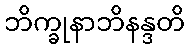
ဘိက္ခုနာဘိနန္ဒတိ